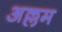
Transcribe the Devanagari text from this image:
अल्लम